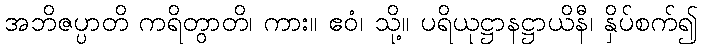
အဘိဇပ္ပာတိ ကရိတွာတိ၊ ကား။ ဧဝံ၊ သို့။ ပရိယုဋ္ဌာနဋ္ဌာယိနီ၊ နှိပ်စက်၍